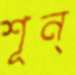
শূন্